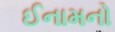
ઈનામનો